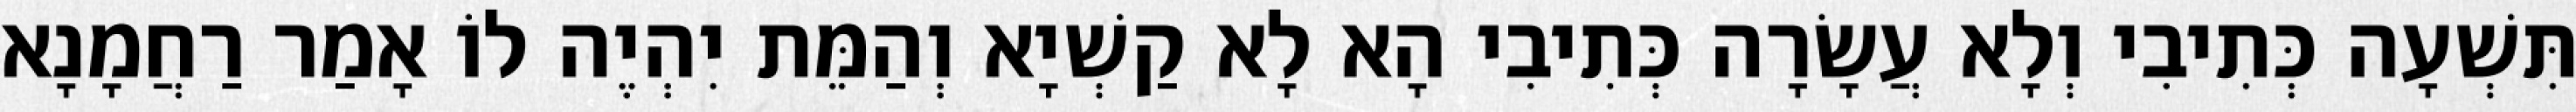
תִּשְׁעָה כְּתִיבִי וְלָא עֲשָׂרָה כְּתִיבִי הָא לָא קַשְׁיָא וְהַמֵּת יִהְיֶה לוֹ אָמַר רַחֲמָנָא